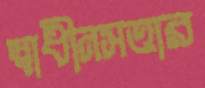
স্বাধীনসত্তার